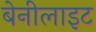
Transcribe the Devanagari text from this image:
बेनीलाइट